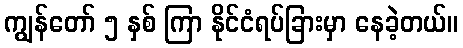
ကျွန်တော် ၅ နှစ် ကြာ နိုင်ငံရပ်ခြားမှာ နေခဲ့တယ်။